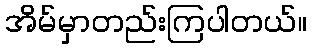
အိမ်မှာတည်းကြပါတယ်။